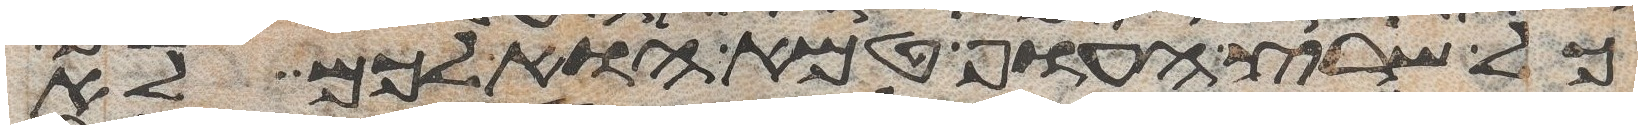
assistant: כל שרץ העוף טמא הוא לכם לא